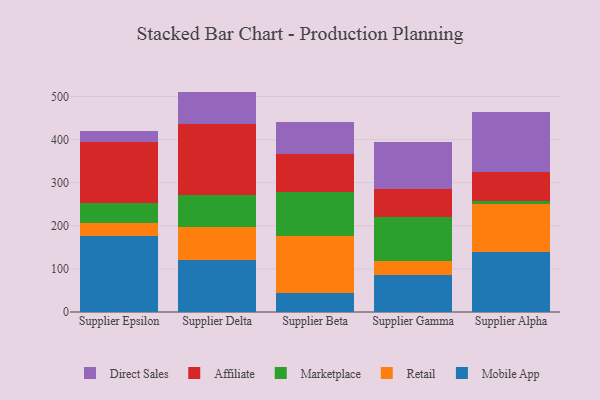
{"axis": {"x": "Supplier", "y": "Market Share (%)"}, "legend": ["Affiliate", "Direct Sales", "Marketplace", "Mobile App", "Retail"], "data": [{"x": "Supplier Epsilon", "y": 177.3, "type": "Mobile App"}, {"x": "Supplier Epsilon", "y": 29.9, "type": "Retail"}, {"x": "Supplier Epsilon", "y": 44.7, "type": "Marketplace"}, {"x": "Supplier Epsilon", "y": 143.1, "type": "Affiliate"}, {"x": "Supplier Epsilon", "y": 25.4, "type": "Direct Sales"}, {"x": "Supplier Delta", "y": 120.6, "type": "Mobile App"}, {"x": "Supplier Delta", "y": 77.6, "type": "Retail"}, {"x": "Supplier Delta", "y": 72.4, "type": "Marketplace"}, {"x": "Supplier Delta", "y": 165.6, "type": "Affiliate"}, {"x": "Supplier Delta", "y": 75.1, "type": "Direct Sales"}, {"x": "Supplier Beta", "y": 44.3, "type": "Mobile App"}, {"x": "Supplier Beta", "y": 132.1, "type": "Retail"}, {"x": "Supplier Beta", "y": 103.0, "type": "Marketplace"}, {"x": "Supplier Beta", "y": 86.9, "type": "Affiliate"}, {"x": "Supplier Beta", "y": 74.6, "type": "Direct Sales"}, {"x": "Supplier Gamma", "y": 85.7, "type": "Mobile App"}, {"x": "Supplier Gamma", "y": 32.1, "type": "Retail"}, {"x": "Supplier Gamma", "y": 101.6, "type": "Marketplace"}, {"x": "Supplier Gamma", "y": 64.8, "type": "Affiliate"}, {"x": "Supplier Gamma", "y": 110.9, "type": "Direct Sales"}, {"x": "Supplier Alpha", "y": 139.9, "type": "Mobile App"}, {"x": "Supplier Alpha", "y": 110.5, "type": "Retail"}, {"x": "Supplier Alpha", "y": 6.8, "type": "Marketplace"}, {"x": "Supplier Alpha", "y": 67.5, "type": "Affiliate"}, {"x": "Supplier Alpha", "y": 139.2, "type": "Direct Sales"}]}